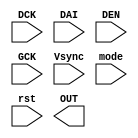
`timescale 1ns/10ps
module LEDDC( DCK, DAI, DEN, GCK, Vsync, mode, rst, OUT);
input           DCK;
input           DAI;
input           DEN;
input           GCK;
input           Vsync;
input           mode;
input           rst;
output [15:0]   OUT;

endmodule